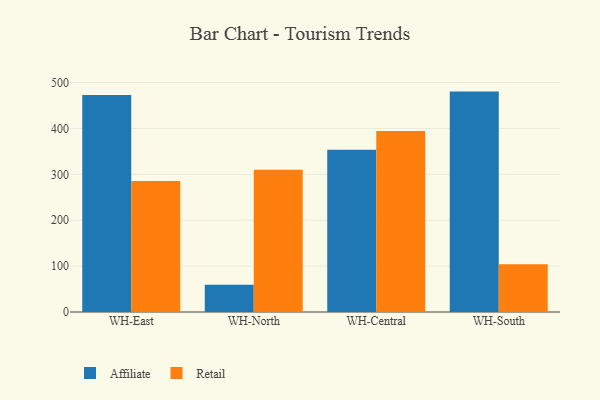
{"axis": {"x": "Warehouse", "y": "Revenue (USD Million)"}, "legend": ["Affiliate", "Retail"], "data": [{"x": "WH-East", "y": 472.9, "type": "Affiliate"}, {"x": "WH-East", "y": 285.4, "type": "Retail"}, {"x": "WH-North", "y": 59.1, "type": "Affiliate"}, {"x": "WH-North", "y": 310.2, "type": "Retail"}, {"x": "WH-Central", "y": 353.7, "type": "Affiliate"}, {"x": "WH-Central", "y": 394.3, "type": "Retail"}, {"x": "WH-South", "y": 480.2, "type": "Affiliate"}, {"x": "WH-South", "y": 104.1, "type": "Retail"}]}